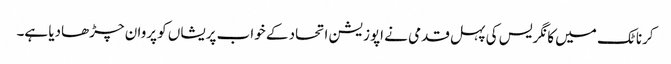
کرناٹک میں کانگریس کی پہل قدمی نے اپوزیشن اتحاد کے خواب پریشاں کو پروان چڑھادیا ہے۔